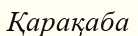
Қарақаба